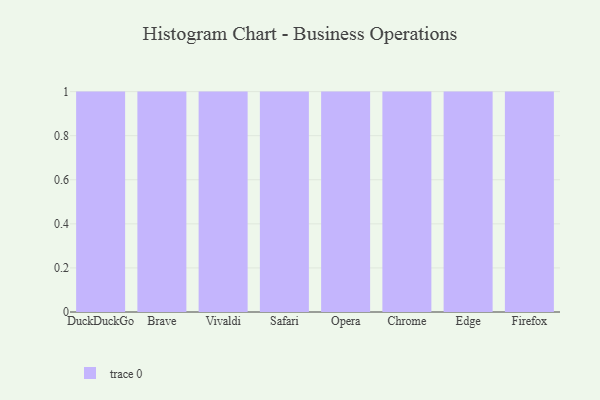
{"axis": {"x": "Browser", "y": "Tickets Resolved"}, "legend": [""], "data": [{"x": "DuckDuckGo", "y": 60, "type": ""}, {"x": "Brave", "y": 10, "type": ""}, {"x": "Vivaldi", "y": 2, "type": ""}, {"x": "Safari", "y": 32, "type": ""}, {"x": "Opera", "y": 28, "type": ""}, {"x": "Chrome", "y": 32, "type": ""}, {"x": "Edge", "y": 29, "type": ""}, {"x": "Firefox", "y": 96, "type": ""}]}